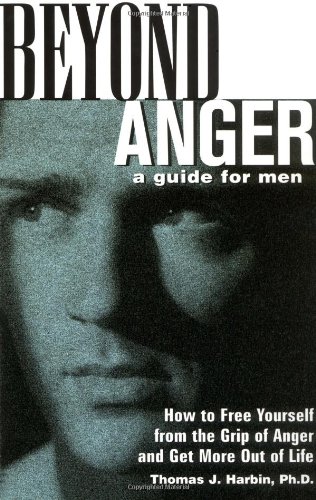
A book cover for Beyond Anger: A Guide for Men: How to Free Yourself from the Grip of Anger and Get More Out of Life; Thomas J. Harbin; Self-Help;